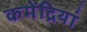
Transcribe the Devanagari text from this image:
कमेंद्रियां